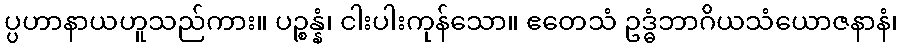
ပ္ပဟာနာယဟူသည်ကား။ ပဉ္စန္နံ၊ ငါးပါးကုန်သော။ ဧတေသံ ဥဒ္ဓံဘာဂိယသံယောဇနာနံ၊